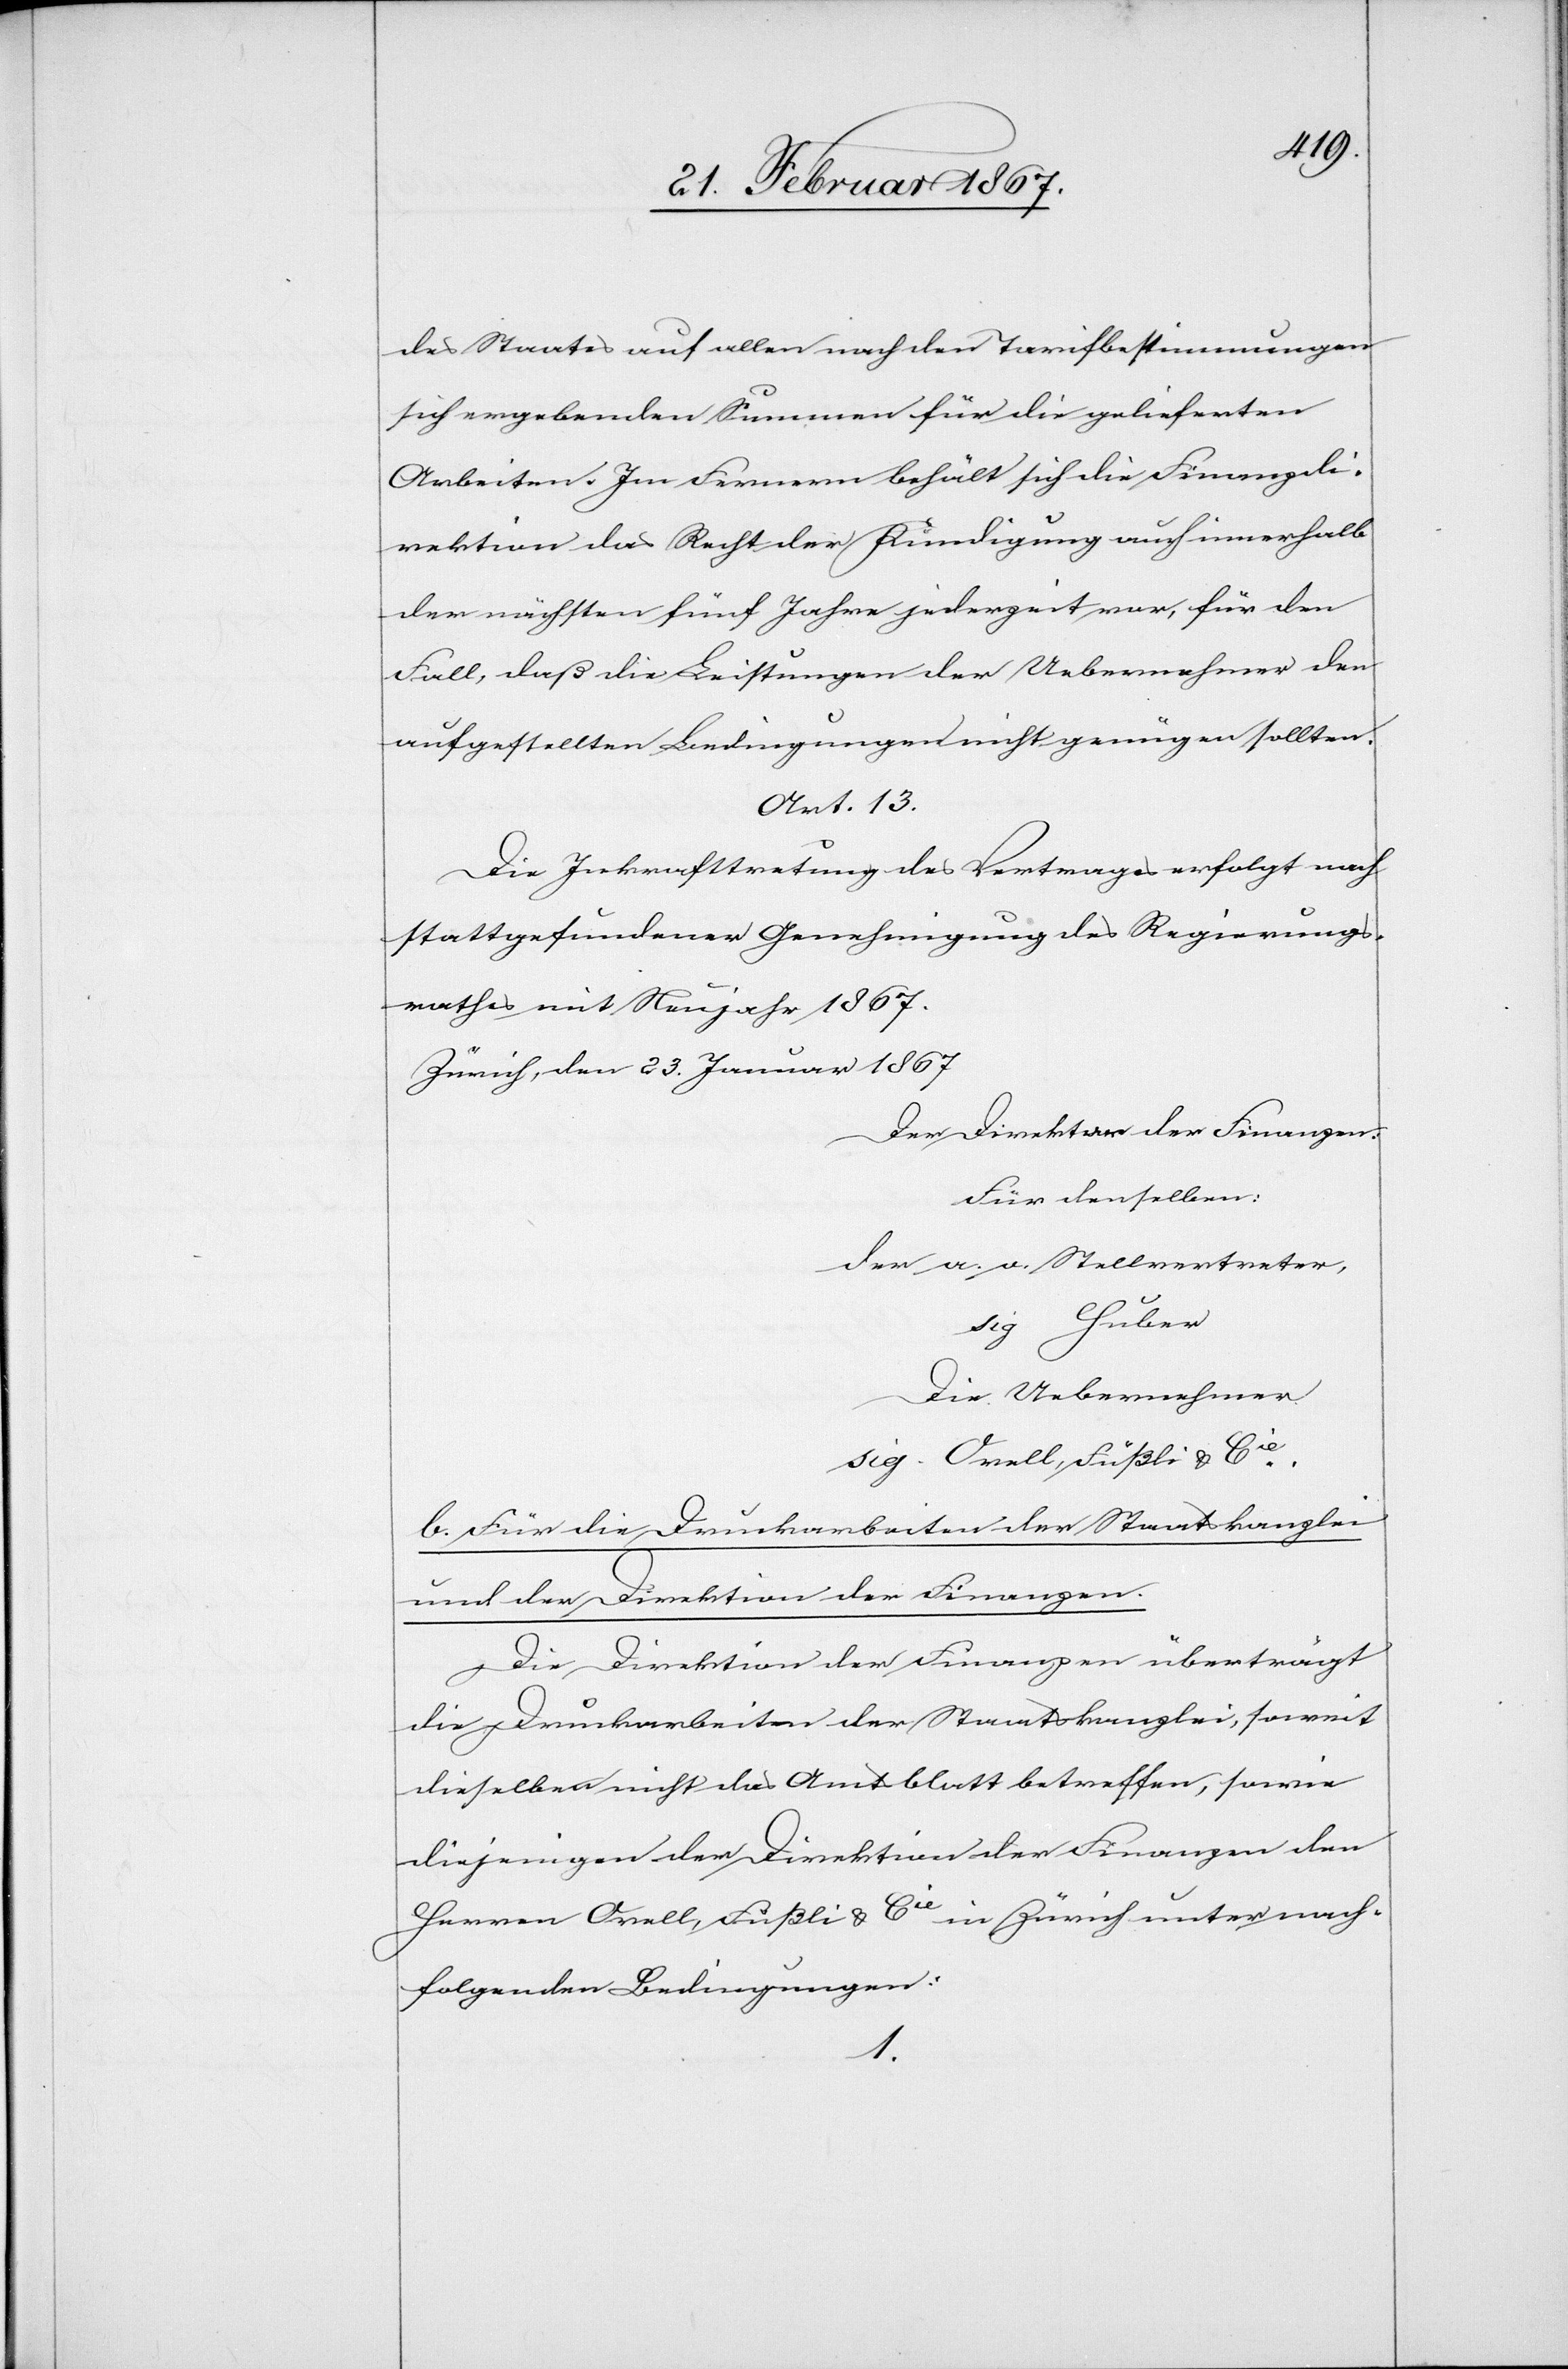
des Staates auf allen nach den Tarifbestimmungen
sich ergebenden Summen für die gelieferten
Arbeiten. Im Fernern behält sich die Finanzdi¬
rektion das Recht der Kündigung auch innerhalb
der nächsten fünf Jahre jederzeit vor, für den
Fall, daß die Leistungen der Uebernehmer den
aufgestellten Bedingungen nicht genügen sollten.
Art. 13.
Die Inkrafttretung des Vertrages erfolgt nach
stattgefundener Genehmigung des Regierungs¬
rathes mit Neujahr 1867.
Zürich, den 23. Januar 1867
Der Direktor der Finanzen.
Für denselben:
der a. o. Stellvertreter,
sig Huber
Die Uebernehmer
sig. Orell, Füßli u. Cie.
b. Für die Druckarbeiten der Staatskanzlei
und der Direktion der Finanzen.
Die Direktion der Finanzen überträgt
die Druckarbeiten der Staatskanzlei, soweit
dieselben nicht das Amtsblatt betreffen, sowie
diejenigen der Direktion der Finanzen den
Herren Orell, Füßli und Cie in Zürich unter nach¬
folgenden Bedingungen:
1.